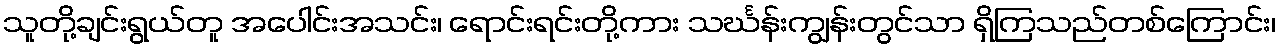
သူတို့ချင်းရွယ်တူ အပေါင်းအသင်း၊ ရောင်းရင်းတို့ကား သင်္ဃန်းကျွန်းတွင်သာ ရှိကြသည်တစ်ကြောင်း၊